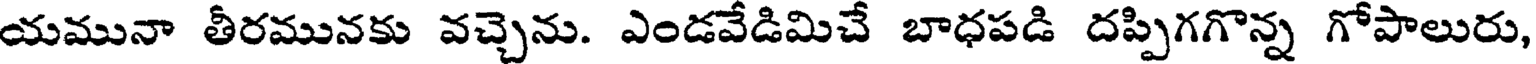
యమునా తీరమునకు వచ్చెను. ఎండవేడిమిచే బాధపడి దప్పిగగొన్న గోపాలురు,